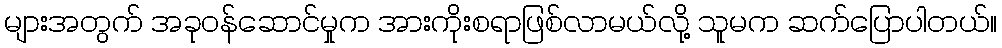
များအတွက် အခုဝန်ဆောင်မှုက အားကိုးစရာဖြစ်လာမယ်လို့ သူမက ဆက်ပြောပါတယ်။